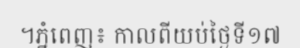
។ភ្នំពេញ៖ កាលពីយប់ថ្ងៃទី១៧